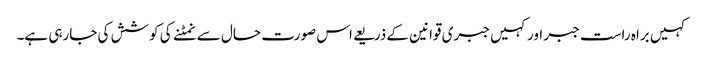
کہیں براہ راست جبر اور کہیں جبری قوانین کے ذریعے اس صورت حال سے نمٹنے کی کوشش کی جارہی ہے۔